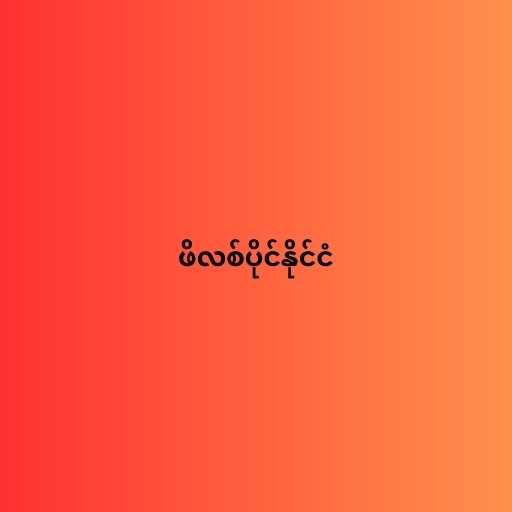
ဖိလစ်ပိုင်နိုင်ငံ